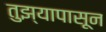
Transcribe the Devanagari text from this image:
तुझ्यापासून